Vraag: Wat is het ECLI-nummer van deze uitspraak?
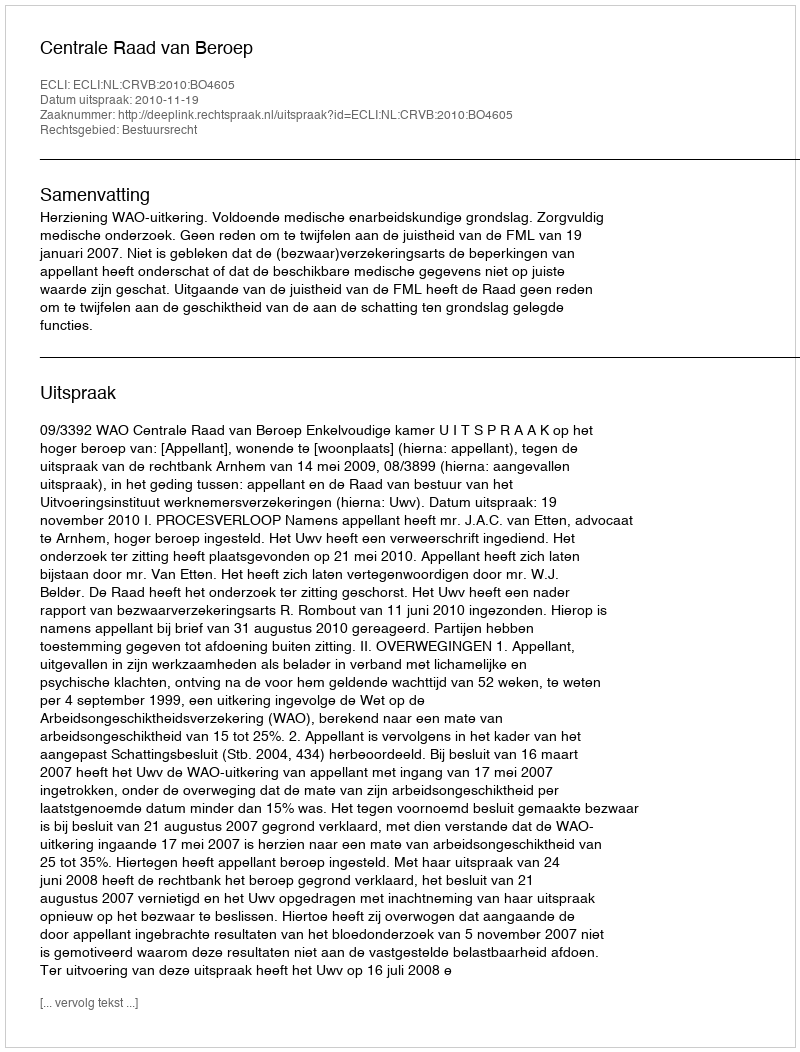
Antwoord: ECLI:NL:CRVB:2010:BO4605